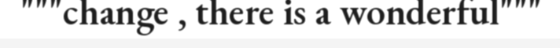
"""change , there is a wonderful"""